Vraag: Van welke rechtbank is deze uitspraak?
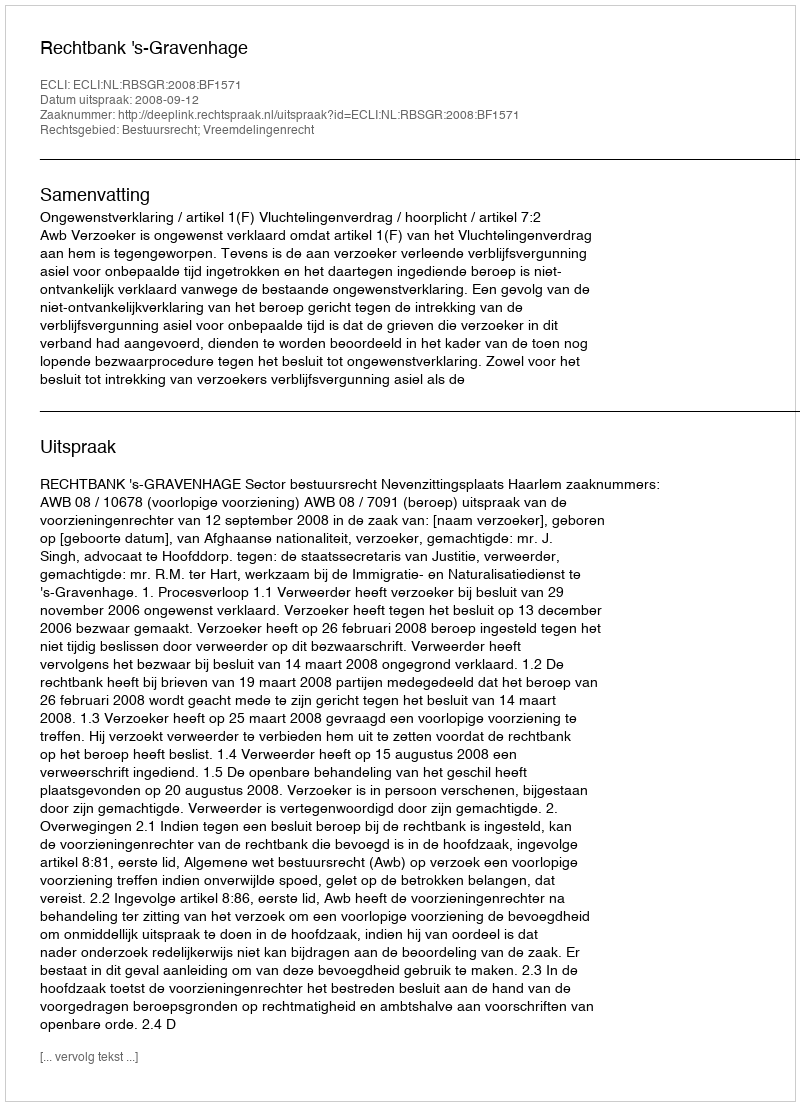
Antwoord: Rechtbank 's-Gravenhage